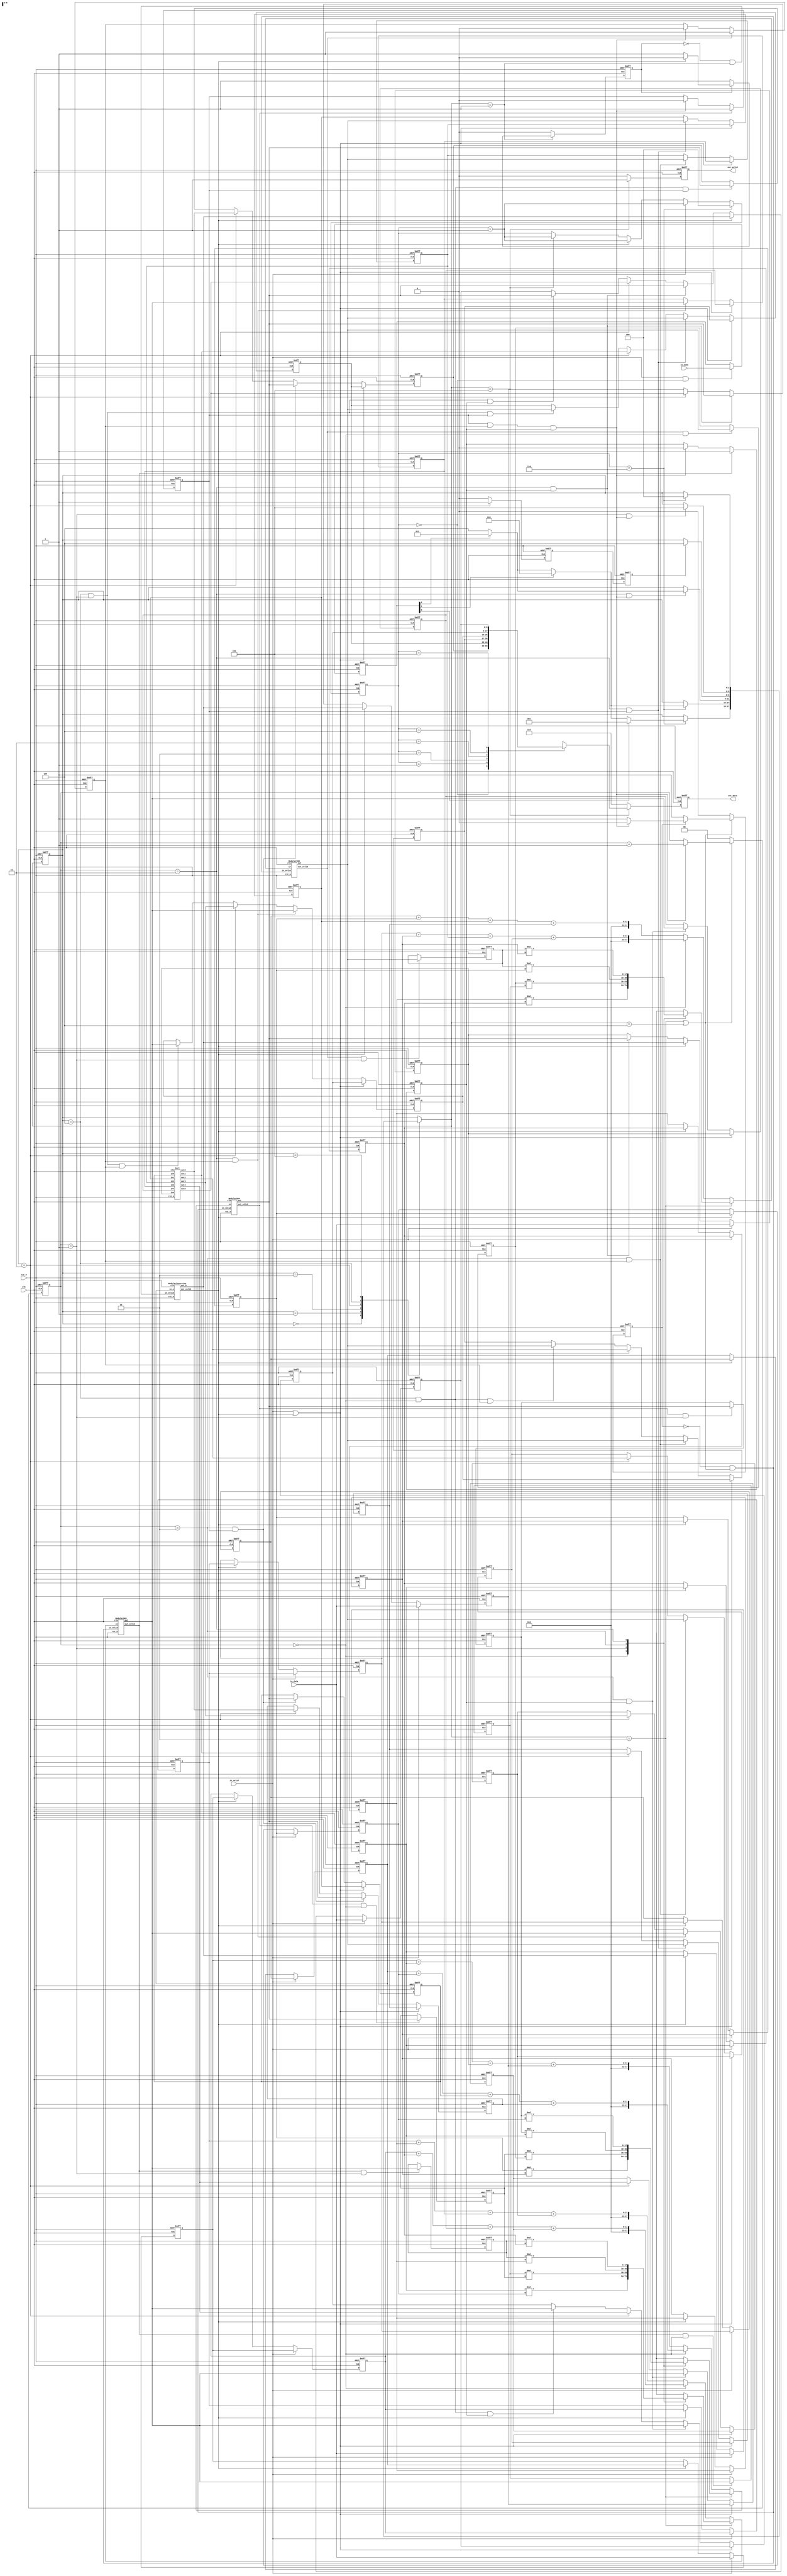
//############################################################################
//++++++++++++++++++++++++++++++++++++++++++++++++++++++++++++++++++++++++++++
//   2021 ICLAB Spring Course
//   Lab06			: Series Processing (SP)
//++++++++++++++++++++++++++++++++++++++++++++++++++++++++++++++++++++++++++++
//   Module Name : SP
//++++++++++++++++++++++++++++++++++++++++++++++++++++++++++++++++++++++++++++
//############################################################################

module SP(
	// Input signals
	clk,
	rst_n,
	in_valid,
	in_data,
	in_mode,
	// Output signals
	out_valid,
	out_data
);
//================================================================
//  INPUT AND OUTPUT DECLARATION                         
//================================================================
input clk, rst_n, in_valid;
input [2:0] in_mode;
input [8:0] in_data;
output reg out_valid;
output reg [8:0] out_data;
//================================================================
//  integer / genvar / parameter
//================================================================
integer i;
genvar idx;
//	FSM
parameter STATE_IDLE = 3'd0 ;
parameter STATE_MInv = 3'd1 ;
parameter STATE_MMul = 3'd2 ;
parameter STATE_Sort = 3'd3 ;
parameter STATE_Sum  = 3'd4 ;
parameter STATE_OUTPT= 3'd5 ;
//================================================================
//  Wire & Reg
//================================================================
//	FSM
reg [2:0] current_state, next_state;
//	INPUT
reg [2:0] data_cnt;
reg [2:0] mode;
// 	DATA
reg [8:0] a[0:5], b[0:5], c[0:5], d[0:5], e[0:5];

//	SUBMODULE
wire [8:0] next_c, next_e;
//	Step 1. Modular Inversion
reg has_sent_b;
wire out_valid_b;
wire [8:0] next_b;
//	Step 2. Modular Multiplication / Step 4. Sum
reg has_sent_mod;
reg [1:0] mm_stage;
wire [17:0] mul_in_s0[0:2], mul_in_s1[0:2];
reg [17:0] mul_in[0:2];
wire mul_out_valid[0:2];
wire [8:0] mul_out[0:2];
reg is_mod_finish[0:2];
wire is_all_mod_finish;
reg  [8:0] mul_out_s0[0:2], mul_out_s1[0:2];
//	Step 3. Sorting
reg flag_sort1, flag_sort2;
wire [8:0] next_d0, next_d1, next_d2, next_d3, next_d4, next_d5;
//================================================================
//	FSM
//================================================================
always @(posedge clk or negedge rst_n) begin
	if (!rst_n) 	current_state <= STATE_IDLE ;
	else 			current_state <= next_state ;
end
always @(*) begin
	next_state = current_state ;
	case(current_state)
		STATE_IDLE: begin
			if (data_cnt==6) begin
				if (mode[0]==1) 		next_state = STATE_MInv ;
				else if (mode[1]==1)	next_state = STATE_MMul ;
				else if (mode[2]==1)	next_state = STATE_Sort ;
				else 					next_state = STATE_Sum ;
			end
		end
		STATE_MInv: begin
			if (data_cnt==6) begin
				if (mode[1]==1)			next_state = STATE_MMul ;
				else if (mode[2]==1)	next_state = STATE_Sort ;
				else 					next_state = STATE_Sum ;
			end
		end
		STATE_MMul: begin
			if (mm_stage==3 && is_all_mod_finish==1) begin
				if (mode[2]==1)			next_state = STATE_Sort ;
				else 					next_state = STATE_Sum ;
			end
		end
		STATE_Sort:	if (flag_sort2==1)	next_state = STATE_Sum ;
		STATE_Sum: 	if (mm_stage==1 && is_all_mod_finish==1) 	next_state = STATE_OUTPT ;
		STATE_OUTPT:	if (data_cnt==6)	next_state = STATE_IDLE ;
	endcase
end

//================================================================
//	Step 1. Modular Inversion
//================================================================
// reg has_sent_b;
always @(posedge clk or negedge rst_n) begin
	if (!rst_n) 	has_sent_b <= 0 ;
	else begin
		if (next_state==STATE_MInv) begin
			if (has_sent_b==0)			has_sent_b <= 1 ;
			else if (out_valid_b==1)	has_sent_b <= 0 ;
		end
		else 	has_sent_b <= 0 ;
	end
end
ModularInversion U_MI( .clk(clk), .rst_n(rst_n), .in_valid( (!has_sent_b)&&(next_state==STATE_MInv) ), .in_a(a[0]), .out_valid(out_valid_b), .out_b(next_b) );
//================================================================
//	Step 2. Modular Multiplication / Step 4. Sum
//================================================================
// reg has_sent_mod;
always @(posedge clk or negedge rst_n) begin
	if (!rst_n) 	has_sent_mod <= 0 ;
	else begin
		if (next_state==STATE_MMul || next_state==STATE_Sum) begin
			if (has_sent_mod==0)			has_sent_mod <= 1 ;
			else if (is_all_mod_finish==1)	has_sent_mod <= 0 ;
		end
		else 	has_sent_mod <= 0 ;
	end
end
// reg [1:0] mm_stage;
always @(posedge clk or negedge rst_n) begin
	if (!rst_n) 	mm_stage <= 0 ;
	else begin
		if (next_state==STATE_MMul || next_state==STATE_Sum) begin
			if (is_all_mod_finish==1) 			mm_stage <= mm_stage + 1 ;
		end
		else 	mm_stage <= 0 ;
	end
end
// wire [17:0] mul_in_s0[0:2], mul_in_s1[0:2];
assign mul_in_s0[0] = b[1] * b[2] ;    // b[1]*b[2]
assign mul_in_s0[1] = b[3] * b[4] ;    // b[3]*b[4]
assign mul_in_s0[2] = b[5] * b[0] ;    // b[5]*b[0]
assign mul_in_s1[0] = mul_out_s0[0] * mul_out_s0[1] ;    // b[1]*b[2]*b[3]*b[4]
assign mul_in_s1[1] = mul_out_s0[1] * mul_out_s0[2] ;    // b[3]*b[4]*b[5]*b[0]
assign mul_in_s1[2] = mul_out_s0[2] * mul_out_s0[0] ;    // b[1]*b[2]*b[5]*b[0]
// reg [17:0] mul_in;
always @(*) begin
	if (next_state==STATE_MMul) begin
		case(mm_stage)
			2'd0: begin
				mul_in[0] = mul_in_s0[0] ;
				mul_in[1] = mul_in_s0[1] ;
				mul_in[2] = mul_in_s0[2] ;
			end
			2'd1: begin
				mul_in[0] = mul_in_s1[0] ;
				mul_in[1] = mul_in_s1[1] ;
				mul_in[2] = mul_in_s1[2] ;
			end
			2'd2: begin
				mul_in[0] = mul_out_s1[0] * b[5] ;		// c[0]
				mul_in[1] = mul_out_s1[1] * b[1] ;		// c[2]
				mul_in[2] = mul_out_s1[2] * b[3] ;		// c[4]
			end
			2'd3: begin
				mul_in[0] = mul_out_s1[0] * b[0] ;		// c[5]
				mul_in[1] = mul_out_s1[1] * b[2] ;		// c[1]
				mul_in[2] = mul_out_s1[2] * b[4] ;		// c[3]
			end
		endcase
	end
	else begin
		case(mm_stage)
			2'd0: begin
				mul_in[0] = a[0] + b[0] + c[0] + d[0] ;
				mul_in[1] = a[2] + b[2] + c[2] + d[2] ;
				mul_in[2] = a[4] + b[4] + c[4] + d[4] ;
			end
			default: begin
				mul_in[0] = a[5] + b[5] + c[5] + d[5] ;
				mul_in[1] = a[1] + b[1] + c[1] + d[1] ;
				mul_in[2] = a[3] + b[3] + c[3] + d[3] ;
			end
		endcase
	end
end
// wire mul_out_valid[0:2];
// wire [8:0] mul_out[0:2];
// reg is_mod_finish[0:2];
// wire is_all_mod_finish;
generate
for( idx=0 ; idx<3 ; idx=idx+1) begin : mod_func
	Modular509 U_mod( .clk(clk), .rst_n(rst_n), .in_valid( (!has_sent_mod)&&(next_state==STATE_MMul || next_state==STATE_Sum) ), .in(mul_in[idx]), .out_valid(mul_out_valid[idx]), .out(mul_out[idx]) );
	always @(posedge clk or negedge rst_n) begin
		if (!rst_n) 	is_mod_finish[idx] <= 0 ;
		else begin
			if (mul_out_valid[idx]==1) 		is_mod_finish[idx] <= 1 ;
			else if (is_all_mod_finish==1)	is_mod_finish[idx] <= 0 ;
		end
	end
end
endgenerate
assign is_all_mod_finish = is_mod_finish[0] && is_mod_finish[1] && is_mod_finish[2] ;
// reg  [8:0] mul_out_s0[0:2], mul_out_s1[0:2];
generate
for( idx=0 ; idx<3 ; idx=idx+1) begin
	always @(posedge clk or negedge rst_n) begin
		if (!rst_n) 	mul_out_s0[idx] <= 0 ;
		else if (mul_out_valid[idx]==1 && mm_stage==0)	mul_out_s0[idx] <= mul_out[idx] ;    // b[]*b[] mod p
	end
	always @(posedge clk or negedge rst_n) begin
		if (!rst_n) 	mul_out_s1[idx] <= 0 ;
		else if (mul_out_valid[idx]==1 && mm_stage==1)	mul_out_s1[idx] <= mul_out[idx] ;    // b[]*b[]*b[]*b[] mod p
	end
end	
endgenerate
//================================================================
//	Step 3. Sorting
//================================================================
Sort U_Sort( .clk(clk), .rst_n(rst_n), .in0(c[0]), .in1(c[1]), .in2(c[2]), .in3(c[3]), .in4(c[4]), .in5(c[5]), 
			 .out0(next_d0), .out1(next_d1), .out2(next_d2), .out3(next_d3), .out4(next_d4), .out5(next_d5) );
// reg flag_sort1, flag_sort2;
always @(posedge clk or negedge rst_n) begin
	if (!rst_n)		flag_sort1 <= 0 ;
	else begin
		if (current_state==STATE_Sort)	flag_sort1 <= 1 ;
		else 		flag_sort1 <= 0 ;
	end
end
always @(posedge clk or negedge rst_n) begin
	if (!rst_n)		flag_sort2 <= 0 ;
	else 			flag_sort2 <= flag_sort1 ;
end
//================================================================
//	DATA
//================================================================
always @(posedge clk or negedge rst_n) begin
	if (!rst_n) begin
		for( i=0 ; i<6 ; i=i+1 )
			a[i] <= 0 ;
	end
	else begin
		if (in_valid==1) begin
			a[5] <= in_data ;
			for( i=0 ; i<5 ; i=i+1 )
				a[i] <= a[i+1] ;
		end
		else if (out_valid_b==1) begin
			a[5] <= a[0] ;
			for( i=0 ; i<5 ; i=i+1 )
				a[i] <= a[i+1] ;
		end
	end
end

always @(posedge clk or negedge rst_n) begin
	if (!rst_n) begin
		for( i=0 ; i<6 ; i=i+1 )
			b[i] <= 0 ;
	end
	else begin
		if (in_valid==1) begin
			b[5] <= in_data ;
			for( i=0 ; i<5 ; i=i+1 )
				b[i] <= b[i+1] ;
		end
		else if (out_valid_b==1) begin
			b[5] <= next_b ;
			for( i=0 ; i<5 ; i=i+1 )
				b[i] <= b[i+1] ;
		end
	end
end

always @(posedge clk or negedge rst_n) begin
	if (!rst_n) 	c[0] <= 0 ;
	else begin
		if (in_valid==1 || out_valid_b==1) 				c[0] <= c[1] ;
		else if (mm_stage==2 && is_mod_finish[0]==1) 	c[0] <= mul_out[0] ;
	end
end
always @(posedge clk or negedge rst_n) begin
	if (!rst_n) 	c[2] <= 0 ;
	else begin
		if (in_valid==1 || out_valid_b==1) 				c[2] <= c[3] ;
		else if (mm_stage==2 && is_mod_finish[1]==1) 	c[2] <= mul_out[1] ;
	end
end
always @(posedge clk or negedge rst_n) begin
	if (!rst_n) 	c[4] <= 0 ;
	else begin
		if (in_valid==1 || out_valid_b==1) 				c[4] <= c[5] ;
		else if (mm_stage==2 && is_mod_finish[2]==1) 	c[4] <= mul_out[2] ;
	end
end
always @(posedge clk or negedge rst_n) begin
	if (!rst_n) 	c[1] <= 0 ;
	else begin
		if (in_valid==1 || out_valid_b==1) 				c[1] <= c[2] ;
		else if (mm_stage==3 && is_mod_finish[0]==1) 	c[1] <= mul_out[1] ;
	end
end
always @(posedge clk or negedge rst_n) begin
	if (!rst_n) 	c[3] <= 0 ;
	else begin
		if (in_valid==1 || out_valid_b==1) 				c[3] <= c[4] ;
		else if (mm_stage==3 && is_mod_finish[1]==1) 	c[3] <= mul_out[2] ;
	end
end
always @(posedge clk or negedge rst_n) begin
	if (!rst_n) 	c[5] <= 0 ;
	else begin
		if (in_valid==1) 			c[5] <= in_data ;
		else if (out_valid_b==1)	c[5] <= next_b ;
		else if (mm_stage==3 && is_mod_finish[2]==1) 	c[5] <= mul_out[0] ;
	end
end

always @(posedge clk or negedge rst_n) begin
	if (!rst_n) 	d[0] <= 0 ;
	else begin
		if (in_valid==1 || out_valid_b==1) 				d[0] <= d[1] ;
		else if (mm_stage==2 && is_mod_finish[0]==1) 	d[0] <= mul_out[0] ;
		else if (current_state==STATE_Sort)				d[0] <= next_d0 ;
	end
end
always @(posedge clk or negedge rst_n) begin
	if (!rst_n) 	d[2] <= 0 ;
	else begin
		if (in_valid==1 || out_valid_b==1) 				d[2] <= d[3] ;
		else if (mm_stage==2 && is_mod_finish[1]==1) 	d[2] <= mul_out[1] ;
		else if (current_state==STATE_Sort)				d[2] <= next_d2 ;
	end
end
always @(posedge clk or negedge rst_n) begin
	if (!rst_n) 	d[4] <= 0 ;
	else begin
		if (in_valid==1 || out_valid_b==1) 				d[4] <= d[5] ;
		else if (mm_stage==2 && is_mod_finish[2]==1) 	d[4] <= mul_out[2] ;
		else if (current_state==STATE_Sort)				d[4] <= next_d4 ;
	end
end
always @(posedge clk or negedge rst_n) begin
	if (!rst_n) 	d[1] <= 0 ;
	else begin
		if (in_valid==1 || out_valid_b==1) 				d[1] <= d[2] ;
		else if (mm_stage==3 && is_mod_finish[0]==1) 	d[1] <= mul_out[1] ;
		else if (current_state==STATE_Sort)				d[1] <= next_d1 ;
	end
end
always @(posedge clk or negedge rst_n) begin
	if (!rst_n) 	d[3] <= 0 ;
	else begin
		if (in_valid==1 || out_valid_b==1) 				d[3] <= d[4] ;
		else if (mm_stage==3 && is_mod_finish[1]==1) 	d[3] <= mul_out[2] ;
		else if (current_state==STATE_Sort)				d[3] <= next_d3 ;
	end
end
always @(posedge clk or negedge rst_n) begin
	if (!rst_n) 	d[5] <= 0 ;
	else begin
		if (in_valid==1) 			d[5] <= in_data ;
		else if (out_valid_b==1)	d[5] <= next_b ;
		else if (mm_stage==3 && is_mod_finish[2]==1) 	d[5] <= mul_out[0] ;
		else if (current_state==STATE_Sort)				d[5] <= next_d5 ;
	end
end

always @(posedge clk or negedge rst_n) begin
	if (!rst_n) 	e[0] <= 0 ;
	else begin
		if (in_valid==1 || out_valid_b==1) 				e[0] <= e[1] ;
		else if (mm_stage==2 && is_mod_finish[0]==1) 	e[0] <= mul_out[0] ;
		else if (current_state==STATE_Sort)				e[0] <= next_d0 ;
		else if (current_state==STATE_Sum && mm_stage==0 && is_mod_finish[0]==1) 	e[0] <= mul_out[0] ;
	end
end
always @(posedge clk or negedge rst_n) begin
	if (!rst_n) 	e[2] <= 0 ;
	else begin
		if (in_valid==1 || out_valid_b==1) 				e[2] <= e[3] ;
		else if (mm_stage==2 && is_mod_finish[1]==1) 	e[2] <= mul_out[1] ;
		else if (current_state==STATE_Sort)				e[2] <= next_d2 ;
		else if (current_state==STATE_Sum && mm_stage==0 && is_mod_finish[1]==1) 	e[2] <= mul_out[1] ;
	end
end
always @(posedge clk or negedge rst_n) begin
	if (!rst_n) 	e[4] <= 0 ;
	else begin
		if (in_valid==1 || out_valid_b==1) 				e[4] <= e[5] ;
		else if (mm_stage==2 && is_mod_finish[2]==1) 	e[4] <= mul_out[2] ;
		else if (current_state==STATE_Sort)				e[4] <= next_d4 ;
		else if (current_state==STATE_Sum && mm_stage==0 && is_mod_finish[2]==1) 	e[4] <= mul_out[2] ;
	end
end
always @(posedge clk or negedge rst_n) begin
	if (!rst_n) 	e[1] <= 0 ;
	else begin
		if (in_valid==1 || out_valid_b==1) 				e[1] <= e[2] ;
		else if (mm_stage==3 && is_mod_finish[0]==1) 	e[1] <= mul_out[1] ;
		else if (current_state==STATE_Sort)				e[1] <= next_d1 ;
		else if (current_state==STATE_Sum && mm_stage==1 && is_mod_finish[0]==1) 	e[1] <= mul_out[1] ;
	end
end
always @(posedge clk or negedge rst_n) begin
	if (!rst_n) 	e[3] <= 0 ;
	else begin
		if (in_valid==1 || out_valid_b==1) 				e[3] <= e[4] ;
		else if (mm_stage==3 && is_mod_finish[1]==1) 	e[3] <= mul_out[2] ;
		else if (current_state==STATE_Sort)				e[3] <= next_d3 ;
		else if (current_state==STATE_Sum && mm_stage==1 && is_mod_finish[1]==1) 	e[3] <= mul_out[2] ;
	end
end
always @(posedge clk or negedge rst_n) begin
	if (!rst_n) 	e[5] <= 0 ;
	else begin
		if (in_valid==1) 			e[5] <= in_data ;
		else if (out_valid_b==1)	e[5] <= next_b ;
		else if (mm_stage==3 && is_mod_finish[2]==1) 	e[5] <= mul_out[0] ;
		else if (current_state==STATE_Sort)				e[5] <= next_d5 ;
		else if (current_state==STATE_Sum && mm_stage==1 && is_mod_finish[2]==1) 	e[5] <= mul_out[0] ;
	end
end
//================================================================
//	INPUT
//================================================================
always @(posedge clk or negedge rst_n) begin
	if (!rst_n)		data_cnt <= 0 ;
	else begin
		if (data_cnt==6) 	data_cnt <= 0 ;
		else if (in_valid==1)	data_cnt <= data_cnt + 1 ;
		else if (out_valid_b==1)	data_cnt <= data_cnt + 1 ;
		else if (next_state==STATE_OUTPT)	data_cnt <= data_cnt + 1 ;
	end
end
always @(posedge clk or negedge rst_n) begin
	if (!rst_n) 	mode <= 0 ;
	else begin
		if (in_valid==1 && data_cnt==0)	
			mode <= in_mode ;
	end
end
//================================================================
//	OUTPUT                         
//================================================================
always @(posedge clk or negedge rst_n) begin
	if (!rst_n) 	out_valid <= 0 ;
	else begin
		if (next_state==STATE_OUTPT) 	out_valid <= 1 ;
		else 		out_valid <= 0 ;
	end
end
always @(posedge clk or negedge rst_n) begin
	if (!rst_n) 	out_data <= 0 ;
	else begin
		if (next_state==STATE_OUTPT)	out_data <= e[data_cnt];
		else 		out_data <= 0 ;
	end
end
endmodule


//================================================================
//	SUBMODULE
//================================================================
module Modular509(clk, rst_n, in_valid, in, out_valid, out);
//================================================================
//  INPUT AND OUTPUT DECLARATION                         
//================================================================
input clk, rst_n;
input in_valid;
input [17:0] in;
output reg out_valid;
output [8:0] out;
//================================================================
//  integer / genvar / parameter
//================================================================
//	FSM
parameter S_IDLE  = 3'd0 ;
parameter S_INPUT = 3'd1 ;
parameter S_CALCU = 3'd2 ;
parameter S_OUTPT = 3'd3 ;
//================================================================
//    Wire & Registers 
//================================================================
//	FSM
reg [1:0] current_state, next_state;
//  DESIGN                         
reg [11:0] in_r;
wire [2:0] overflow;
wire [8:0] nonoverflow;
//================================================================
//	FSM
//================================================================
always @(posedge clk or negedge rst_n) begin
	if (!rst_n) 	current_state <= S_IDLE ;
	else 			current_state <= next_state ;
end
always @(*) begin
	next_state = current_state ;
	case(current_state)
		S_IDLE: 	if (in_valid==1) 	next_state = S_INPUT ;
		S_INPUT: 	next_state = S_CALCU ;
		S_CALCU: 	if (in_r<509)		next_state = S_OUTPT ;
		S_OUTPT: 	next_state = S_IDLE ;
	endcase
end
//================================================================
//  DESIGN                         
//================================================================
always @(posedge clk or negedge rst_n) begin
	if (!rst_n) 	in_r <= 0 ;
	else begin
		if (next_state==S_INPUT)		in_r <= in[8:0] + in[17:9]*3 ;
		else if (next_state==S_CALCU)	in_r <= (in_r>=509) ? in_r - 509 : in_r ;
	end
end
//================================================================
//  OUTPUT
//================================================================
always @(posedge clk or negedge rst_n) begin
	if (!rst_n) 	out_valid <= 0 ;
	else begin
		if (next_state==S_OUTPT) 	out_valid <= 1 ;
		else 						out_valid <= 0 ;
	end
end
assign out = in_r ;
endmodule



module ModularInversion(
	clk, 
	rst_n, 
	in_valid, 
	in_a, 
	out_valid, 
	out_b
);
//================================================================
//  INPUT AND OUTPUT DECLARATION                         
//================================================================
input clk, rst_n;
input in_valid;
input [8:0] in_a;
output reg out_valid;
output reg [8:0] out_b;
//================================================================
//  integer / genvar / parameter
//================================================================
//	FSM
parameter S_IDLE  = 2'd0 ;
parameter S_CALCU = 2'd1 ;
parameter S_MODUL = 2'd2 ;
parameter S_OUTPT = 2'd3 ;
//================================================================
//    Wire & Registers 
//================================================================
//	FSM
reg [2:0] current_state, next_state;
//  DESIGN                         
reg [17:0] A, B;
reg [3:0] cnt;
//	MODULAR 507
wire out_valid_A, out_valid_B;
wire [8:0] next_A, next_B;
reg is_modA_finish, is_modB_finish;
wire is_mod_finish;
reg flag_sent;
//================================================================
//	FSM
//================================================================
always @(posedge clk or negedge rst_n) begin
	if (!rst_n) 	current_state <= S_IDLE ;
	else 			current_state <= next_state ;
end
always @(*) begin
	next_state = current_state ;
	case(current_state)
		S_IDLE: 	if (in_valid==1) 	next_state = S_CALCU ;
		S_CALCU: 	next_state = S_MODUL ;
		S_MODUL: 	if (is_mod_finish==1)	next_state = (cnt==10) ? S_OUTPT : S_CALCU ;
		S_OUTPT: 	next_state = S_IDLE ;
	endcase
end
//================================================================
//	MODULAR 507
//================================================================
Modular509 U_modA( .clk(clk), .rst_n(rst_n), .in_valid( (!flag_sent)&&(next_state==S_MODUL) ), .in(A), .out_valid(out_valid_A), .out(next_A) );
Modular509 U_modB( .clk(clk), .rst_n(rst_n), .in_valid( (!flag_sent)&&(next_state==S_MODUL) ), .in(B), .out_valid(out_valid_B), .out(next_B) );
always @(posedge clk or negedge rst_n) begin
	if (!rst_n) 	is_modA_finish <= 0 ;
	else begin
		if (out_valid_A==1)				is_modA_finish <= 1 ;
		else if (next_state==S_CALCU)	is_modA_finish <= 0 ;
	end
end
always @(posedge clk or negedge rst_n) begin
	if (!rst_n) 	is_modB_finish <= 0 ;
	else begin
		if (out_valid_B==1)				is_modB_finish <= 1 ;
		else if (next_state==S_CALCU)	is_modB_finish <= 0 ;
	end
end
assign is_mod_finish = is_modA_finish && is_modB_finish ;
always @(posedge clk or negedge rst_n) begin
	if (!rst_n) 	flag_sent <= 0 ;
	else begin
		if (next_state==S_MODUL)		flag_sent <= 1 ;
		else if (next_state==S_CALCU)	flag_sent <= 0 ;
	end
end
//================================================================
//  DESIGN                         
//================================================================
always @(posedge clk or negedge rst_n) begin
	if (!rst_n) 	cnt <= 0 ;
	else begin
		if (next_state==S_CALCU)		cnt <= cnt + 1 ;
		else if (next_state==S_OUTPT)	cnt <= 0 ;
	end
end
always @(posedge clk or negedge rst_n) begin
	if (!rst_n) 	A <= 0 ;
	else begin
		if (in_valid==1) 						A <= 1 ;
		else if (next_state==S_CALCU && cnt!=3)	A <= A*B ;
		else if (out_valid_A==1)				A <= next_A ;
	end
end
always @(posedge clk or negedge rst_n) begin
	if (!rst_n) 	B <= 0 ;
	else begin
		if (in_valid==1) 				B <= in_a ;
		else if (next_state==S_CALCU)	B <= B*B ;
		else if (out_valid_B==1)		B <= next_B ;
	end
end
//================================================================
//  OUTPUT
//================================================================
always @(posedge clk or negedge rst_n) begin
	if (!rst_n) 	out_valid <= 0 ;
	else begin
		if (next_state==S_OUTPT)	out_valid <= 1 ;
		else 						out_valid <= 0 ;
	end
end
always @(posedge clk or negedge rst_n) begin
	if (!rst_n) 	out_b <= 0 ;
	else begin
		if (next_state==S_OUTPT)	out_b <= A ;
		else 						out_b <= 0 ;
	end
end
endmodule



module Sort(clk, rst_n, in0, in1, in2, in3, in4, in5, out0, out1, out2, out3, out4, out5);
//================================================================
//  INPUT AND OUTPUT DECLARATION                         
//================================================================
input clk, rst_n;
input [8:0] in0, in1, in2, in3, in4, in5;
output [8:0] out0, out1, out2, out3, out4, out5;
//================================================================
//    Wire & Registers 
//================================================================
wire [8:0] a[0:3], b[0:2], c[0:3], d[0:2], f[0:3], g[0:1];
reg [8:0] e[0:5];
//================================================================
//  DESIGN                         
//================================================================
//
assign a[0] = ( in0<in1 ) ? in0 : in1 ;
assign a[1] = ( in0<in1 ) ? in1 : in0 ;
assign a[2] = ( a[1]<in2 )? a[1] : in2 ;
assign a[3] = ( a[1]<in2 )? in2 : a[1] ;
assign b[0] = ( a[0]<a[2] ) ? a[0] : a[2] ;
assign b[1] = ( a[0]<a[2] ) ? a[2] : a[0] ;
assign b[2] = a[3] ;
//
assign c[0] = ( in3<in4 ) ? in3 : in4 ;
assign c[1] = ( in3<in4 ) ? in4 : in3 ;
assign c[2] = ( c[1]<in5 )? c[1] : in5 ;
assign c[3] = ( c[1]<in5 )? in5 : c[1] ;
assign d[0] = ( c[0]<c[2] ) ? c[0] : c[2] ;
assign d[1] = ( c[0]<c[2] ) ? c[2] : c[0] ;
assign d[2] = c[3] ;
//
always @(posedge clk or negedge rst_n) begin
	if (!rst_n) begin
		e[0] <= 0 ;
		e[1] <= 0 ;
		e[2] <= 0 ;
		e[3] <= 0 ;
		e[4] <= 0 ;
		e[5] <= 0 ;
	end
	else begin
		e[0] <= ( b[0]<d[0] ) ? b[0] : d[0] ;
		e[1] <= ( b[0]<d[0] ) ? d[0] : b[0] ;
		e[2] <= ( b[1]<d[1] ) ? b[1] : d[1] ;
		e[3] <= ( b[1]<d[1] ) ? d[1] : b[1] ;
		e[4] <= ( b[2]<d[2] ) ? b[2] : d[2] ;
		e[5] <= ( b[2]<d[2] ) ? d[2] : b[2] ;
	end
end
/*
assign e[0] = ( b[0]<d[0] ) ? b[0] : d[0] ;
assign e[1] = ( b[0]<d[0] ) ? d[0] : b[0] ;
assign e[2] = ( b[1]<d[1] ) ? b[1] : d[1] ;
assign e[3] = ( b[1]<d[1] ) ? d[1] : b[1] ;
assign e[4] = ( b[2]<d[2] ) ? b[2] : d[2] ;
assign e[5] = ( b[2]<d[2] ) ? d[2] : b[2] ;
*/
//
assign out0 = e[0] ;
assign out5 = e[5] ;
//
assign f[0] = ( e[1]<e[2] ) ? e[1] : e[2] ;
assign f[1] = ( e[1]<e[2] ) ? e[2] : e[1] ;
assign f[2] = ( e[3]<e[4] ) ? e[3] : e[4] ;
assign f[3] = ( e[3]<e[4] ) ? e[4] : e[3] ;
//
assign out1 = f[0] ;
assign out4 = f[3] ;
//
assign g[0] = ( f[1]<f[2] ) ? f[1] : f[2] ;
assign g[1] = ( f[1]<f[2] ) ? f[2] : f[1] ;
//
assign out2 = g[0] ;
assign out3 = g[1] ;

endmodule